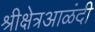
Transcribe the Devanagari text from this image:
श्रीक्षेत्रआळंदी